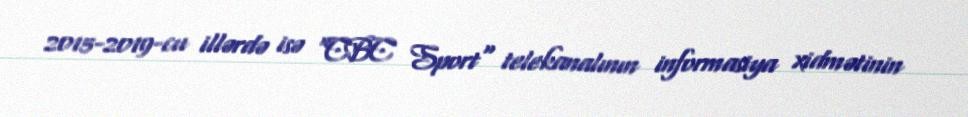
2015-2019-cu illərdə isə "CBC Sport" telekanalının informasiya xidmətinin